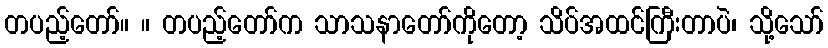
တပည့်တော်။ ။ တပည့်တော်က သာသနာတော်ကိုတော့ သိပ်အထင်ကြီးတာပဲ၊ သို့သော်